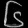
Digit: ၆